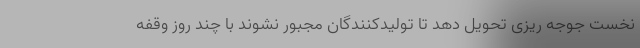
نخست جوجه ریزی تحویل دهد تا تولیدکنندگان مجبور نشوند با چند روز وقفه